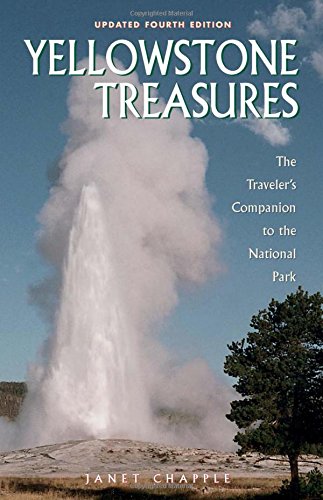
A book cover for Yellowstone Treasures: The Traveler's Companion to the National Park; Janet Chapple; Travel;